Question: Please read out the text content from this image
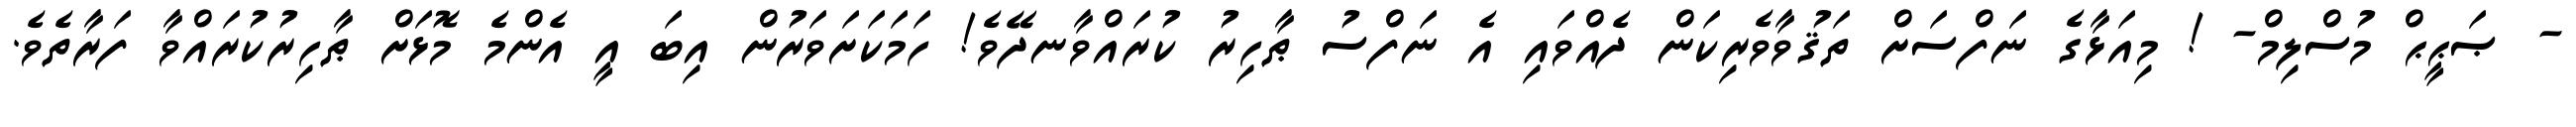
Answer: - ޞަޙީޙް މުސްލިމް- ! މިއަޅާގެ ނަފްސަށް ތަޤުވާވެރިކަން ދެއްވައި އެ ނަފްސު ޠާހިރު ކުރައްވާނދޭވެ! ހަމަކަށަވަރުން އިބަ އީ އެންމެ މޮޅަށް ޠާހިރުކުރައްވާ ފަރާތެވެ.